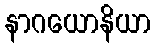
နာဂယောနိယာ